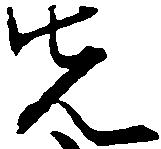
先